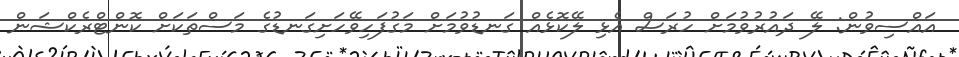
އައްސިވުން: ލޭ ދައުރުވުމަށް ހުރަސް އެޅި ލޭކޮޅެއް ގަނޑުވުމަށް މަގުފަހިވޭހަށިގަނޑުގެ މަސްތަކަށް ކޮންޓްރެކްޝަން